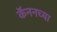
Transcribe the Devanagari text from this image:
कॅननच्या